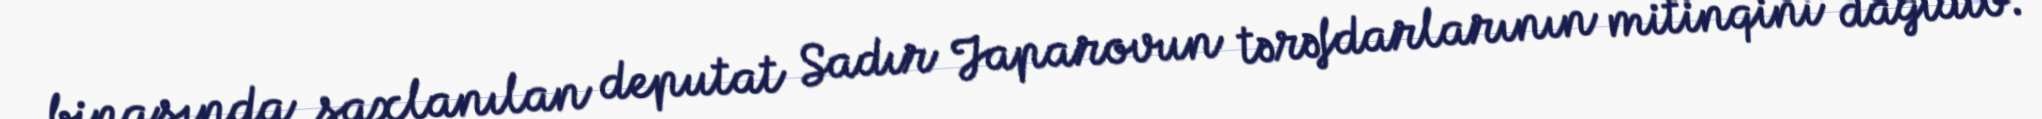
binasında saxlanılan deputat Sadır Japarovun tərəfdarlarının mitinqini dağıdıb.